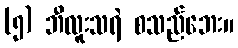
(၅) ဘီလူးသရဲ စသည်ဘေး။